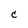
Character: C